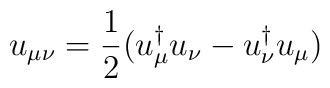
u_{\mu\nu} = \frac{1}{2} (u_{\mu}^{\dagger} u_{\nu} - u_{\nu}^{\dagger} u_{\mu})